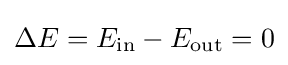
\Delta E=E_{\text{in}}-E_{\text{out}}=0